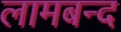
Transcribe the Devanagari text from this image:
लामबन्द